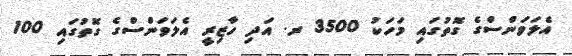
އެލަވަންސްގެ ގޮތުގައި މަހަކު 3500 ރ. އަދި ހާޒިރީ އެލަވަންސްގެ ގޮތުގައި 100